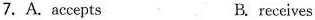
7. A. accepts B. receives